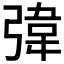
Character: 𪫀